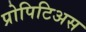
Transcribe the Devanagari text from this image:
प्रोपिटिअस